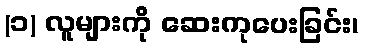
(၁) လူများကို ဆေးကုပေးခြင်း၊